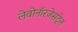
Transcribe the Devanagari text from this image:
लेवोनॉरजेसट्रेल